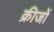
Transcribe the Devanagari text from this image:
क्रीजों